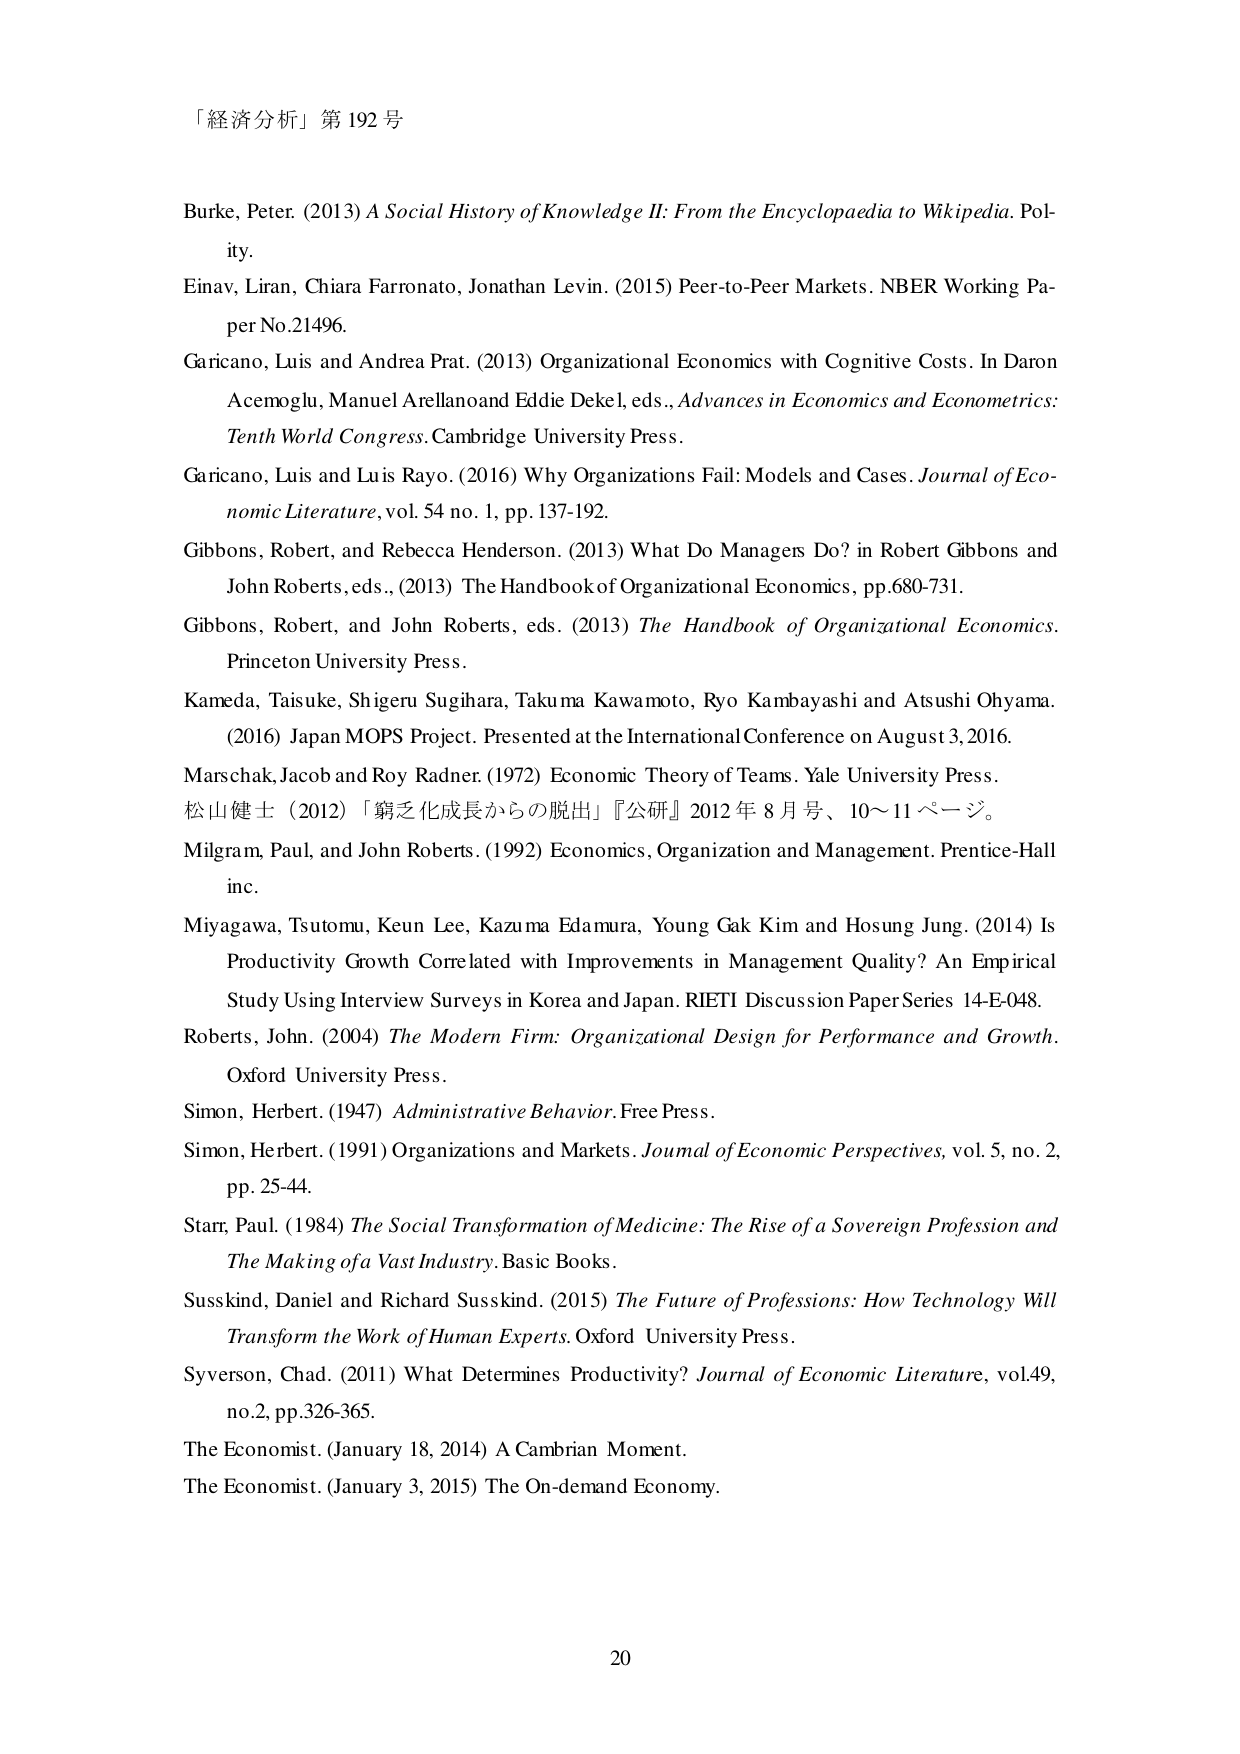
「経済分析」第192号

Burke, Peter. (2013) A Social History of Knowledge II: From the Encyclopaedia to Wikipedia. Polity.

Einav, Liran, Chiara Farronato, Jonathan Levin. (2015) Peer-to-Peer Markets. NBER Working Paper No.21496.

Garicano, Luis and Andrea Prat. (2013) Organizational Economics with Cognitive Costs. In Daron Acemoglu, Manuel Arellano and Eddie Dekel, eds., Advances in Economics and Econometrics: Tenth World Congress. Cambridge University Press.

Garicano, Luis and Luis Rayo. (2016) Why Organizations Fail: Models and Cases. Journal of Economic Literature, vol. 54 no. 1, pp. 137-192.

Gibbons, Robert, and Rebecca Henderson. (2013) What Do Managers Do? in Robert Gibbons and John Roberts, eds., (2013) The Handbook of Organizational Economics, pp.680-731.

Gibbons, Robert, and John Roberts, eds. (2013) The Handbook of Organizational Economics. Princeton University Press.

Kameda, Taisuke, Shigeru Sugihara, Takuma Kawamoto, Ryo Kambayashi and Atsushi Ohyama. (2016) Japan MOPS Project. Presented at the International Conference on August 3, 2016.

Marschak, Jacob and Roy Radner. (1972) Economic Theory of Teams. Yale University Press.

松山健士（2012）「窮乏化成長からの脱出」『公研』2012年8月号、10～11ページ。

Milgram, Paul, and John Roberts. (1992) Economics, Organization and Management. Prentice-Hall inc.

Miyagawa, Tsutomu, Keun Lee, Kazuma Edamura, Young Gak Kim and Hosung Jung. (2014) Is Productivity Growth Correlated with Improvements in Management Quality? An Empirical Study Using Interview Surveys in Korea and Japan. RIETI Discussion Paper Series 14-E-048.

Roberts, John. (2004) The Modern Firm: Organizational Design for Performance and Growth. Oxford University Press.

Simon, Herbert. (1947) Administrative Behavior. Free Press.

Simon, Herbert. (1991) Organizations and Markets. Journal of Economic Perspectives, vol. 5, no. 2, pp. 25-44.

Starr, Paul. (1984) The Social Transformation of Medicine: The Rise of a Sovereign Profession and The Making of a Vast Industry. Basic Books.

Susskind, Daniel and Richard Susskind. (2015) The Future of Professions: How Technology Will Transform the Work of Human Experts. Oxford University Press.

Syverson, Chad. (2011) What Determines Productivity? Journal of Economic Literature, vol.49, no.2, pp.326-365.

The Economist. (January 18, 2014) A Cambrian Moment.

The Economist. (January 3, 2015) The On-demand Economy.

20